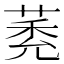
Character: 𦳽